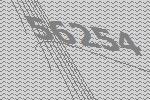
56254